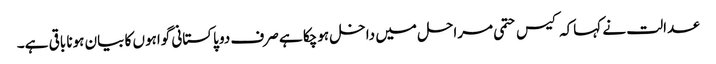
عدالت نے کہاکہ کیس حتمی مراحل میں داخل ہوچکا ہے صرف دو پاکستانی گواہوں کا بیان ہونا باقی ہے۔